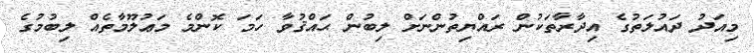
މިއަދު ދައުލަތުގެ އިދާރާތަކުން ރައްޔިތުންނަށް ލިބުން ޙައްޤުވާ ހަމަ ކޮންމެ މަޢުލޫމާތެއް ލިބުމުގެ